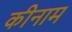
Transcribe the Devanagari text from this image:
कीनाम